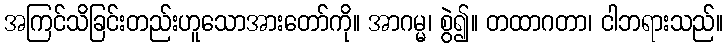
အကြင်သိခြင်းတည်းဟူသောအားတော်ကို။ အာဂမ္မ၊ စွဲ၍။ တထာဂတာ၊ ငါဘရားသည်။